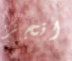
انجز